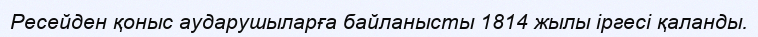
Ресейден қоныс аударушыларға байланысты 1814 жылы іргесі қаланды.